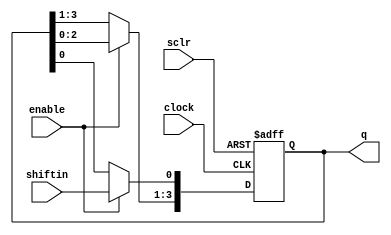
// parameterized SR


module lpm_shiftreg (clock, sclr,enable,shiftin, q);

   parameter lpm_width = 4; // default to 4 bits

   input  clock, sclr, enable, shiftin;
   output [lpm_width-1:0] q;
   
   reg [lpm_width-1:0]    tmp;
   
   always @(posedge clock or posedge sclr)
     begin
        if (sclr) begin
	   tmp <= 0;
	end else if (enable) begin
	   tmp    <= tmp << 1;
	   tmp[0] <= shiftin;
	end
     end
   assign q = tmp;   
endmodule